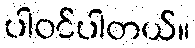
ပါဝင်ပါတယ်။